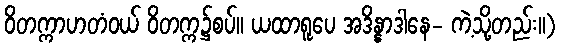
ဝိတက္ကာဟတံဝယ် ဝိတက္က၌စပ်။ ယထာရူပေ အဒိန္နာဒါနေ- ကဲ့သို့တည်း။)